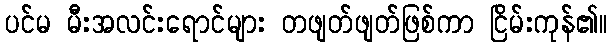
ပင်မ မီးအလင်းရောင်များ တဖျတ်ဖျတ်ဖြစ်ကာ ငြိမ်းကုန်၏။